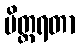
မိတ္တရတာ